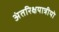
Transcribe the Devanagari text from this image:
अंतरिक्षयात्रीयो